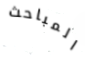
المباحث